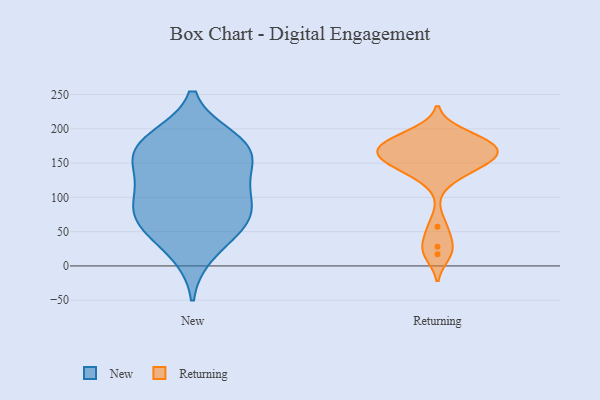
{"axis": {"x": "Production Output", "y": "Value"}, "legend": ["New", "Returning"], "data": [{"x": "", "y": 176, "type": "New"}, {"x": "", "y": 158, "type": "New"}, {"x": "", "y": 19, "type": "New"}, {"x": "", "y": 130, "type": "New"}, {"x": "", "y": 177, "type": "New"}, {"x": "", "y": 162, "type": "New"}, {"x": "", "y": 59, "type": "New"}, {"x": "", "y": 64, "type": "New"}, {"x": "", "y": 62, "type": "New"}, {"x": "", "y": 114, "type": "New"}, {"x": "", "y": 93, "type": "New"}, {"x": "", "y": 86, "type": "New"}, {"x": "", "y": 185, "type": "New"}, {"x": "", "y": 155, "type": "Returning"}, {"x": "", "y": 132, "type": "Returning"}, {"x": "", "y": 155, "type": "Returning"}, {"x": "", "y": 166, "type": "Returning"}, {"x": "", "y": 137, "type": "Returning"}, {"x": "", "y": 178, "type": "Returning"}, {"x": "", "y": 156, "type": "Returning"}, {"x": "", "y": 167, "type": "Returning"}, {"x": "", "y": 169, "type": "Returning"}, {"x": "", "y": 57, "type": "Returning"}, {"x": "", "y": 28, "type": "Returning"}, {"x": "", "y": 194, "type": "Returning"}, {"x": "", "y": 182, "type": "Returning"}, {"x": "", "y": 17, "type": "Returning"}, {"x": "", "y": 185, "type": "Returning"}]}